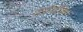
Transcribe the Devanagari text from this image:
पाइरीडोक्सिन